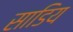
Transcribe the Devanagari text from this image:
साडिय